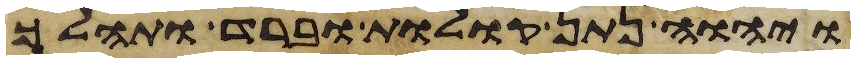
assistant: ויהוה נתן קולות וברד ותהלך